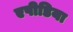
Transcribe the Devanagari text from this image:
एपीडिया